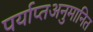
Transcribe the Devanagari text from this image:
पर्याप्तअनुमानित